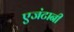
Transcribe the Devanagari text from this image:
एजंटानी